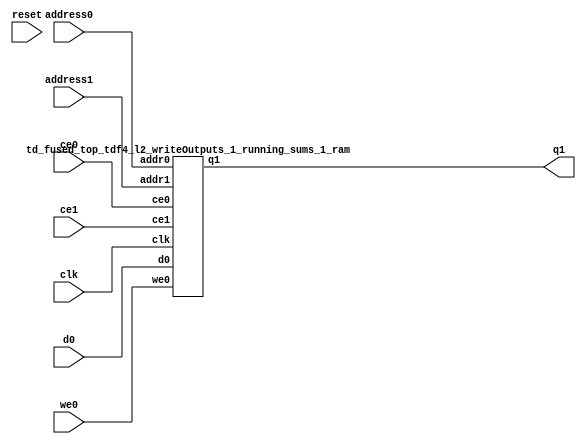
`define EXPONENT 5
`define MANTISSA 10
`define ACTUAL_MANTISSA 11
`define EXPONENT_LSB 10
`define EXPONENT_MSB 14
`define MANTISSA_LSB 0
`define MANTISSA_MSB 9
`define MANTISSA_MUL_SPLIT_LSB 3
`define MANTISSA_MUL_SPLIT_MSB 9
`define SIGN 1
`define SIGN_LOC 15
`define DWIDTH (`SIGN+`EXPONENT+`MANTISSA)
`define IEEE_COMPLIANCE 1

module td_fused_top_tdf4_l2_writeOutputs_1_running_sums_1(
    reset,
    clk,
    address0,
    ce0,
    we0,
    d0,
    address1,
    ce1,
    q1);

parameter DataWidth = 32'd16;
parameter AddressRange = 32'd16;
parameter AddressWidth = 32'd4;
input reset;
input clk;
input[AddressWidth - 1:0] address0;
input ce0;
input we0;
input[DataWidth - 1:0] d0;
input[AddressWidth - 1:0] address1;
input ce1;
output[DataWidth - 1:0] q1;



td_fused_top_tdf4_l2_writeOutputs_1_running_sums_1_ram td_fused_top_tdf4_l2_writeOutputs_1_running_sums_1_ram_U(
    .clk( clk ),
    .addr0( address0 ),
    .ce0( ce0 ),
    .we0( we0 ),
    .d0( d0 ),
    .addr1( address1 ),
    .ce1( ce1 ),
    .q1( q1 )
);

endmodule
module td_fused_top_tdf4_l2_writeOutputs_1_running_sums_1_ram (addr0, ce0, d0, we0, addr1, ce1, q1,  clk);

parameter DWIDTH = 16;
parameter AWIDTH = 4;
parameter MEM_SIZE = 16;

input[AWIDTH-1:0] addr0;
input ce0;
input[DWIDTH-1:0] d0;
input we0;
input[AWIDTH-1:0] addr1;
input ce1;
output reg[DWIDTH-1:0] q1;
input clk;

 reg [DWIDTH-1:0] ram[MEM_SIZE-1:0];

//initial begin
//    $readmemh("./td_fused_top_tdf4_l2_writeOutputs_1_running_sums_1_ram.dat", ram);
//end



always @(posedge clk)  
begin 
    if (ce0) begin
        if (we0) 
            ram[addr0] <= d0; 
    end
end


always @(posedge clk)  
begin 
    if (ce1) begin
        q1 <= ram[addr1];
    end
end


endmodule